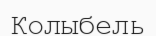
Колыбель